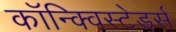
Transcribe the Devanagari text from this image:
कॉन्क्विस्टेडर्स